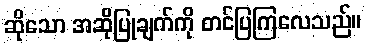
ဆိုသော အဆိုပြုချက်ကို တင်ပြကြလေသည်။